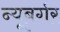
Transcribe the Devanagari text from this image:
न्यूबर्गर